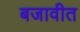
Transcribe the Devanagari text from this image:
बजावीत